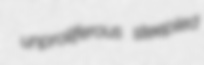
unproliferous steepled